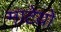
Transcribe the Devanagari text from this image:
माटेयो